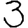
Digit: 3